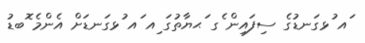
ައ ުޅގަނޑުގެ ސިފައިން ެގ ަޙޔާތުގަ ިއ ައ ުޅގަނޑަށް އެންމެ ޮބޑު